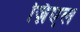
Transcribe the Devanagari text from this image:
ज़िएल